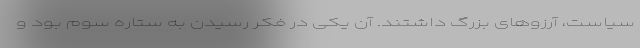
سیاست، آرزوهای بزرگ داشتند. آن یکی در فکر رسیدن به ستاره سوم بود و